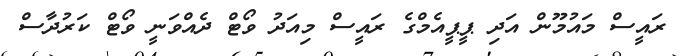
ރައީސް މައުމޫން އަދި ޕީޕީއެމްގެ ރައީސް މިއަދު ވޯޓް ދެއްވަނީ ވޯޓް ކަރުދާސް